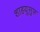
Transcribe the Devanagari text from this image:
शाहयूसुफ